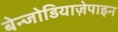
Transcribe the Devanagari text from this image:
बेन्जोडियाज़ेपाइन